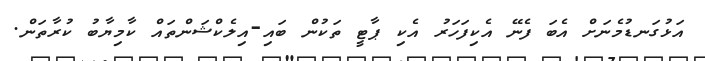
އަޅުގަނޑުމެނަށް އެބަ ފެނޭ އެކިފަހަރު އެކި ޕާޓީ ތަކުން ބައި-އިލެކްޝަންތައް ކާމިޔާބު ކުރާތަން.